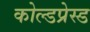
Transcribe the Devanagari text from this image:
कोल्डप्रेस्ड